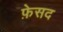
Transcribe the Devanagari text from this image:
फ़ेसद